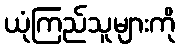
ယုံကြည်သူများကို